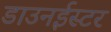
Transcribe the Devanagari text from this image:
डाउनईस्टर